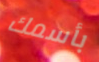
بأسمك